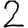
Digit: 2